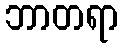
ဘာတရာ